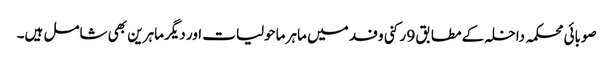
صوبائی محکمہ داخلہ کے مطابق 9 رکنی وفد میں ماہر ماحولیات اور دیگر ماہرین بھی شامل ہیں۔